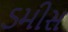
ડમીસ